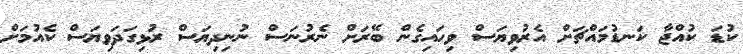
ކުޑަ ކުއްޖާ ކަނޑުމައްޗަށް އެރުވިޔަސް ވިހައިގެން ބޭރަށް ނެރުނަސް ނުނިދިޔަސް ރުޅިގަދަވިޔަސް ކެއުމަށް